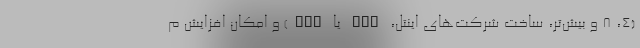
(4، 8 و بیش‌تر، ساخت شرکت‌های اینتل، AMD یا ARM) و امکان افزایش م